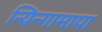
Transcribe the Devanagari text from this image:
न्यिन्गामापा